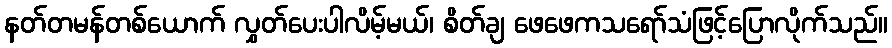
နတ်တမန်တစ်ယောက် လွှတ်ပေးပါလိမ့်မယ်၊ စိတ်ချ ဖေဖေကသရော်သံဖြင့်ပြောလိုက်သည်။